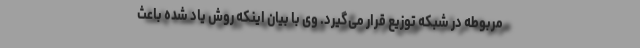
مربوطه در شبکه توزیع قرار می‌گیرد. وی با بیان اینکه روش یاد شده باعث